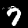
Digit: 7